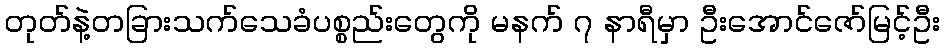
တုတ်နဲ့တခြားသက်သေခံပစ္စည်းတွေကို မနက် ၇ နာရီမှာ ဦးအောင်ဇော်မြင့်ဦး